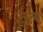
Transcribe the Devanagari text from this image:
ख़ुत़्बा